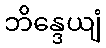
ဘိန္ဒေယျံ